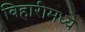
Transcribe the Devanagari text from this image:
बिहारीमध्ये